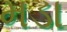
મડા